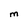
Character: M